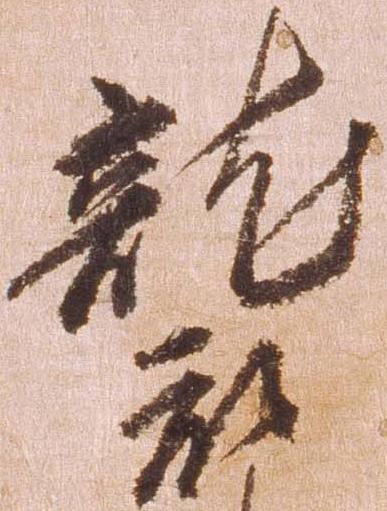
襲